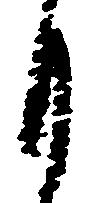
月